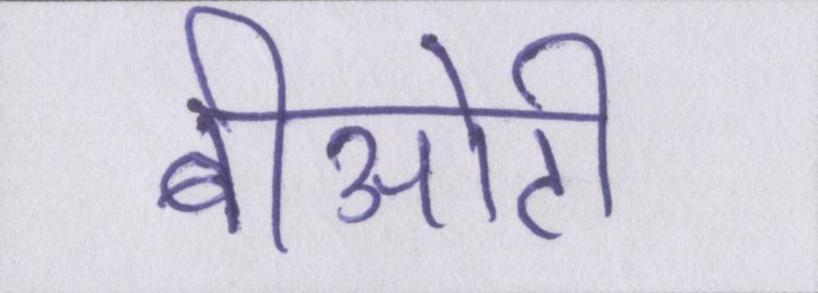
बीओटी